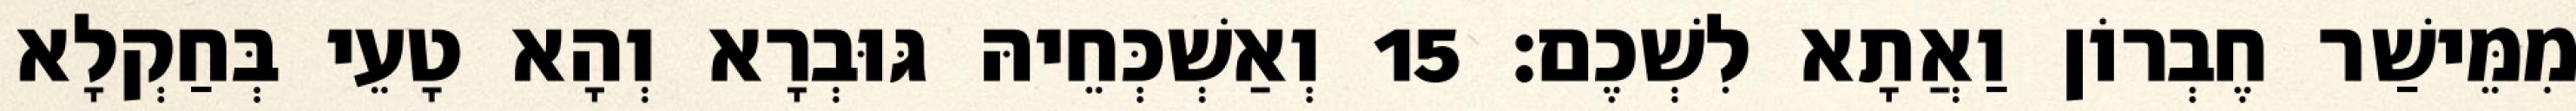
מִמֵּישַׁר חֶבְרוֹן וַאֲתָא לִשְׁכֶם׃ 15 וְאַשְׁכְּחֵיהּ גּוּבְרָא וְהָא טָעֵי בְּחַקְלָא